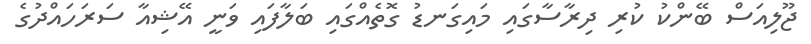
ޖޫލިއަސް ބޭންކު ކުރި ދިރާސާގައި މައިގަނޑު ގޮތެއްގައި ބަލާފައި ވަނީ އޭޝިއާ ސަރަހައްދުގެ